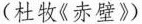
(杜牧《赤壁》)